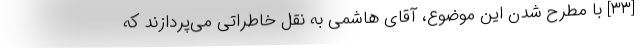
[۳۳] با مطرح شدن این موضوع، آقای هاشمی به نقل خاطراتی می‌پردازند که